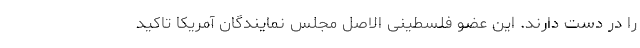
را در دست دارند. این عضو فلسطینی الاصل مجلس نمایندگان آمریکا تاکید